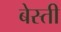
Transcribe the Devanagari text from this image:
बेस्ती